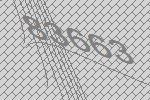
83663